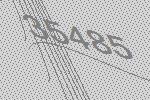
35485